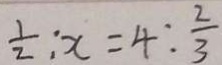
\frac { 1 } { 2 } : x = 4 : \frac { 2 } { 3 }